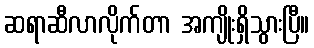
ဆရာဆီလာလိုက်တာ အကျိုးရှိသွားပြီ။